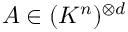
A \in ( K ^ { n } ) ^ { \otimes d }